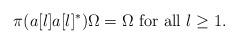
LaTeX: \begin{align*}\pi(a[l] a[l]^*)\Omega=\Omega\mbox{ for all }l\geq 1.\end{align*}